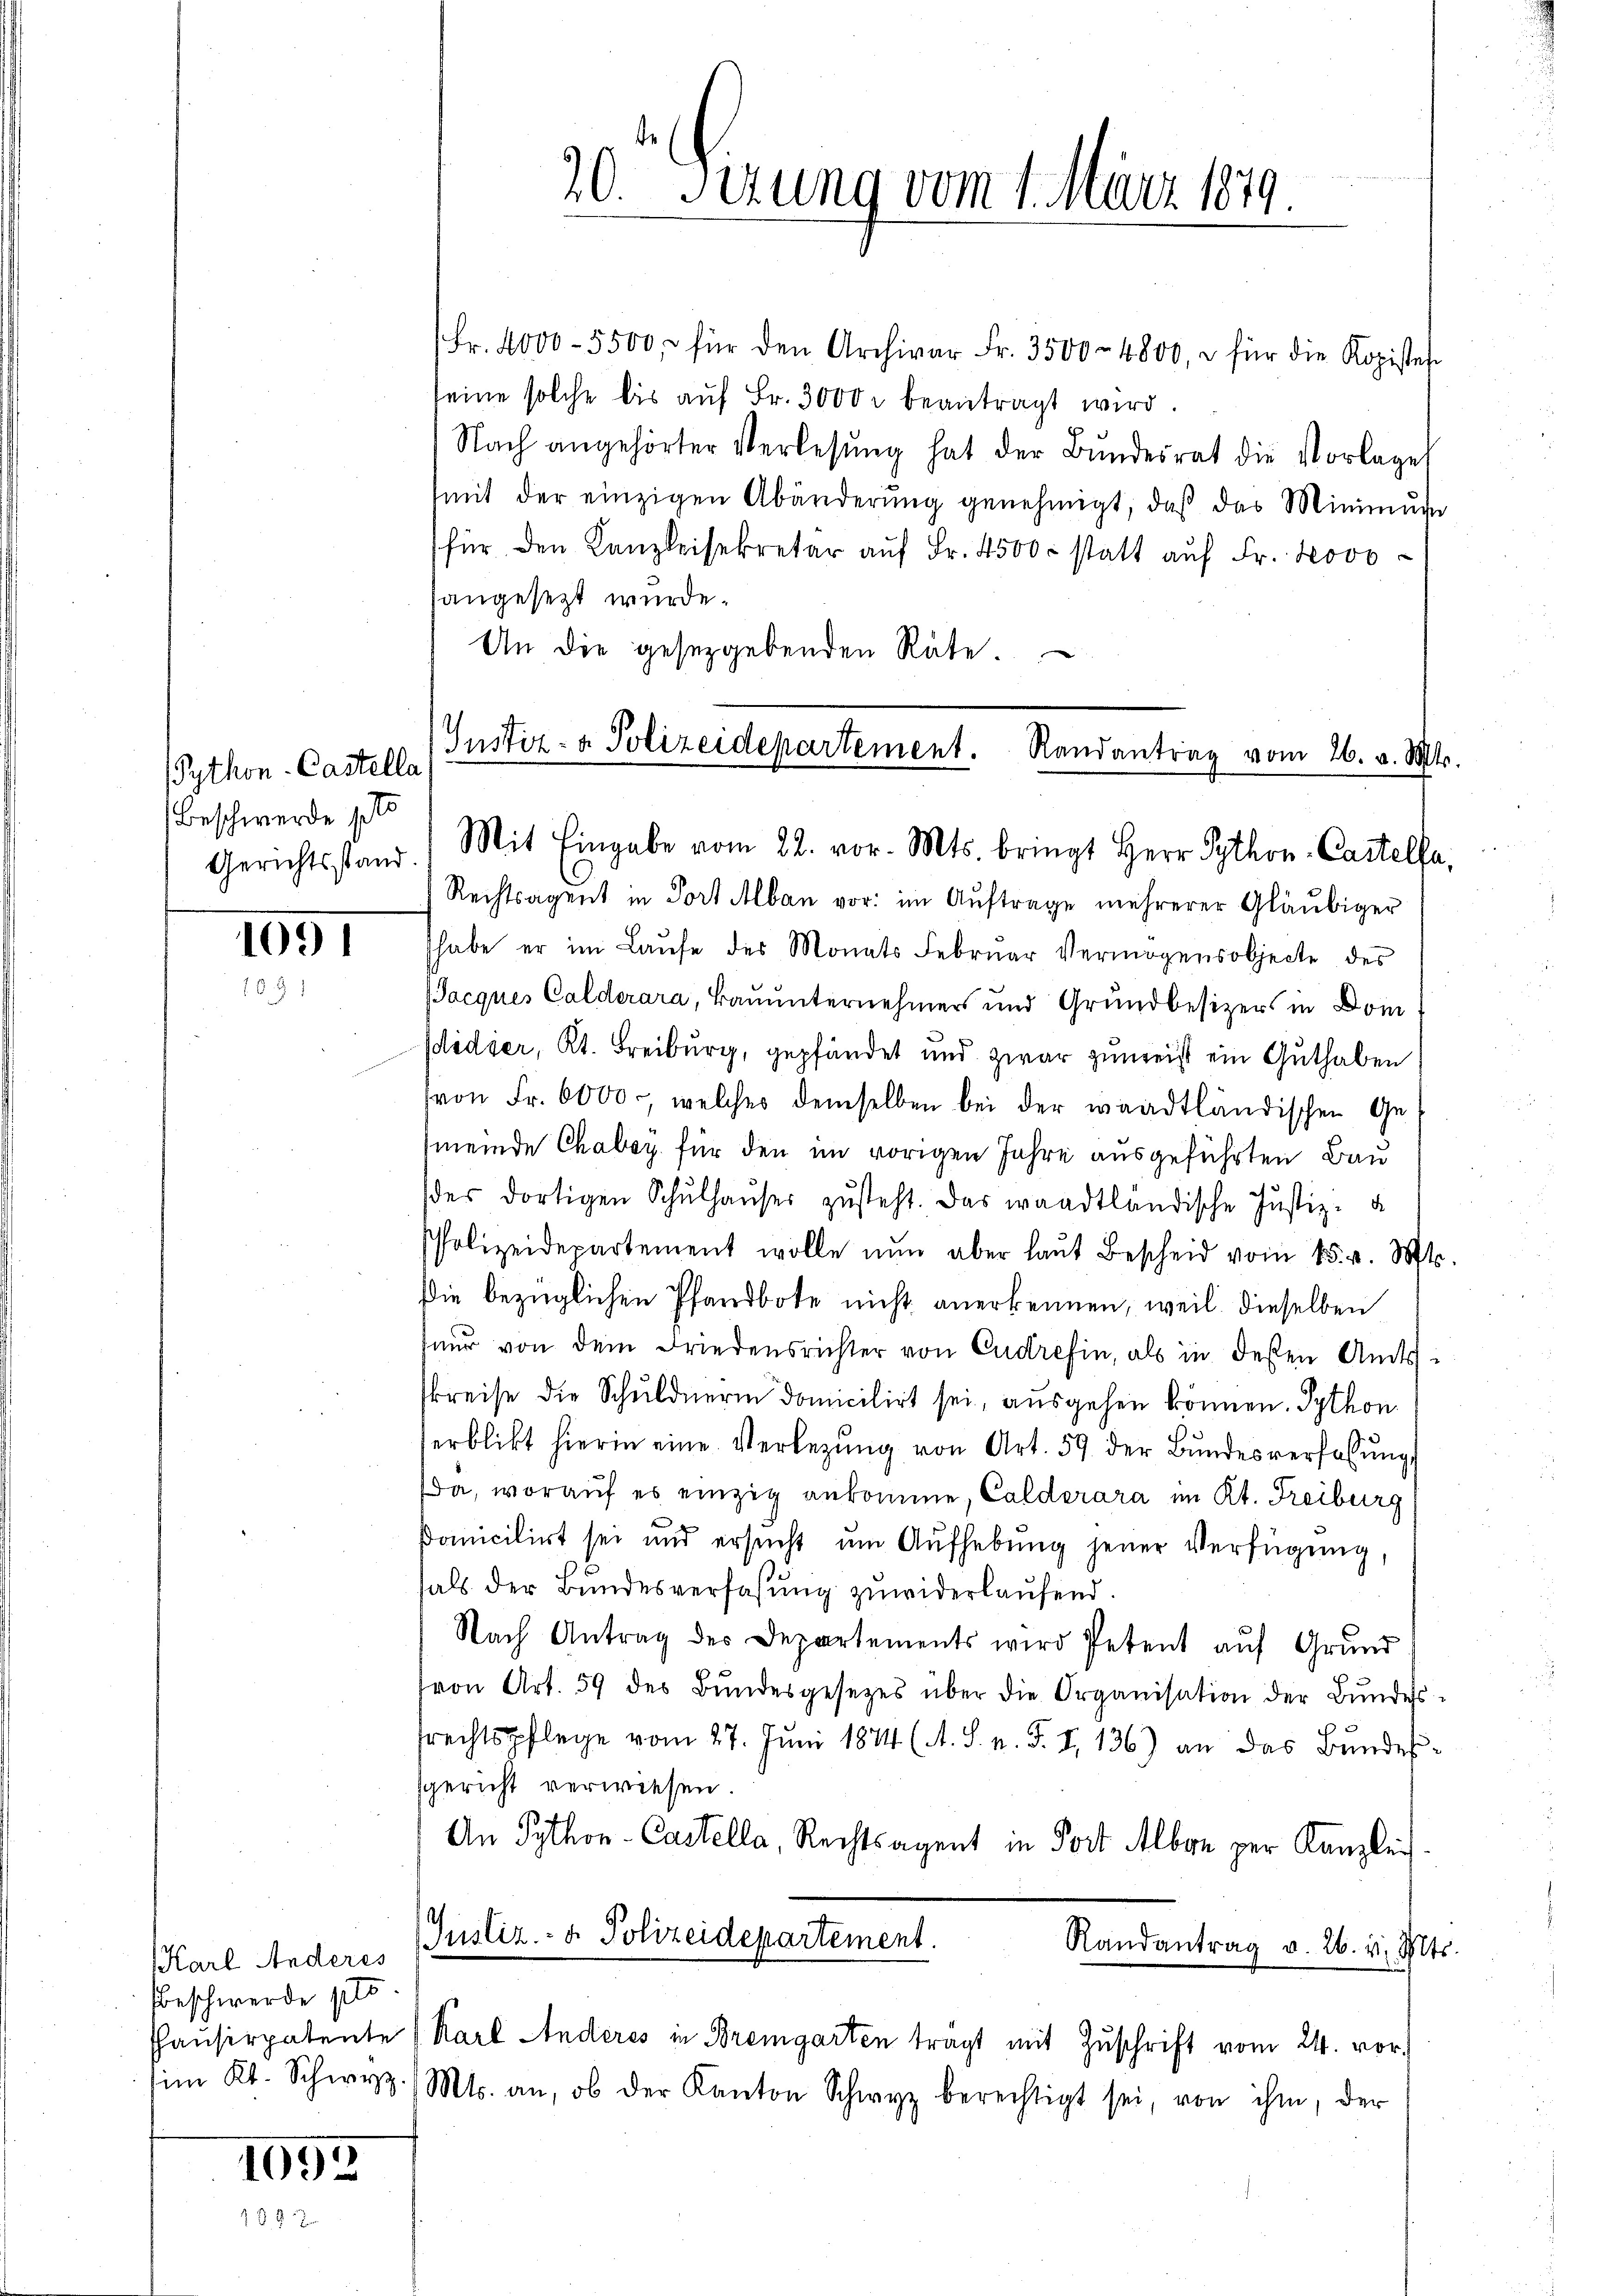
Gython-Castella
Beschwerde ple

1091

Karl Anderes
beschwerde pro

1095

08

Fr. 4000 - 5500, für den Archivar Fr. 3500 - 4800, u. für die Kopisten
seine solche bis aŭf Fr. 3000 r beantragt wird.
Nach angehörter Verlesung hat der Bŭndesrat die Vorlage
(mit der einzigen Abänderŭng genehmigt, daβ das Minimŭn
für den Kanzleisekretär aŭf Fr. 4500 statt aŭf Fr. Novo
sangesezt wurde.
An die gesetzgebenden Räte.

Rechtsagent in Port Albau vor: im Auftrage mehrerer Gläubiger
habe er im Laŭfe des Monats Febrŭar Vermögensobjecte des
Jacques Calderara, Bauunternehmers und Grundbesizers in Dom.
didier, Kt. Freiburg, gepfändet und zwar zumeist ein Guthaben
von Fr. 6000., welches demselben bei der waadtländischen Gemeinde Chaboy für den im vorigen Jahre ausgeführten Bau
des dortigen Schŭlhaŭses zŭsteht. Das waadtländische Justiz-
PPolizeidepartement wolle nŭn aber laŭt Bescheid vom 15. v. Mts.
Die bezüglichen Pfandbote nicht anerkennen, weil dieselben
nur von dem Friedensrichter von Cudrefin, als in dessen Amts
skreise die Schuldnerin domicilirt sei, ausgehen können. Sython
erblickt hierin eine Verlegŭng von Art. 59 der Bundesverfassung
Da, worauf es einzig ankomme, Calderara im Kt. Freiburg
samicilirt sei und ersucht um Aufhebung jener Verfügung,
hals der Bundesverfassung zuwiderlaufend.
Nach Antrag des Departements wird Petent auf Grund
von Art. 59 des Bŭndesgesetzes über die Organisation der Bŭndes-
frechtspflege vom 27. Juni 1844 (A. S. n. F. I. 136) an das Bundessgericht verwiesen
An Python-Castella, Rechtsagent in Fort Alber zur Kanzlei
h
Justiz- & Polizeidepartement.
Randantrag v. 26. v. Mts.
Pausirpatente (Karl Anderes in Bremgarten tragt mit Zuschrift vom 24. vor.
im Kt. Schwyz. Mts. an, ob der Kanton Schwyz berechtigt sei, von ihm, der

20t Sirung vom 1. März 1879.

Justiz- & Polizeidepartement. Randantrag vom 26. v. Mts.
Gerichtsstand.) Mit Eingabe vom 22. vor. Mts. bringt Herr Sython- Cartelfa